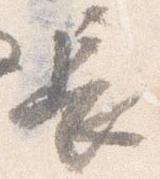
長